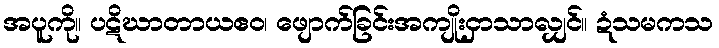
အပူကို။ ပဋိဃာတာယဧဝ၊ ဖျောက်ခြင်းအကျိုးငှာသာလျှင်။ ဍံသမကသ